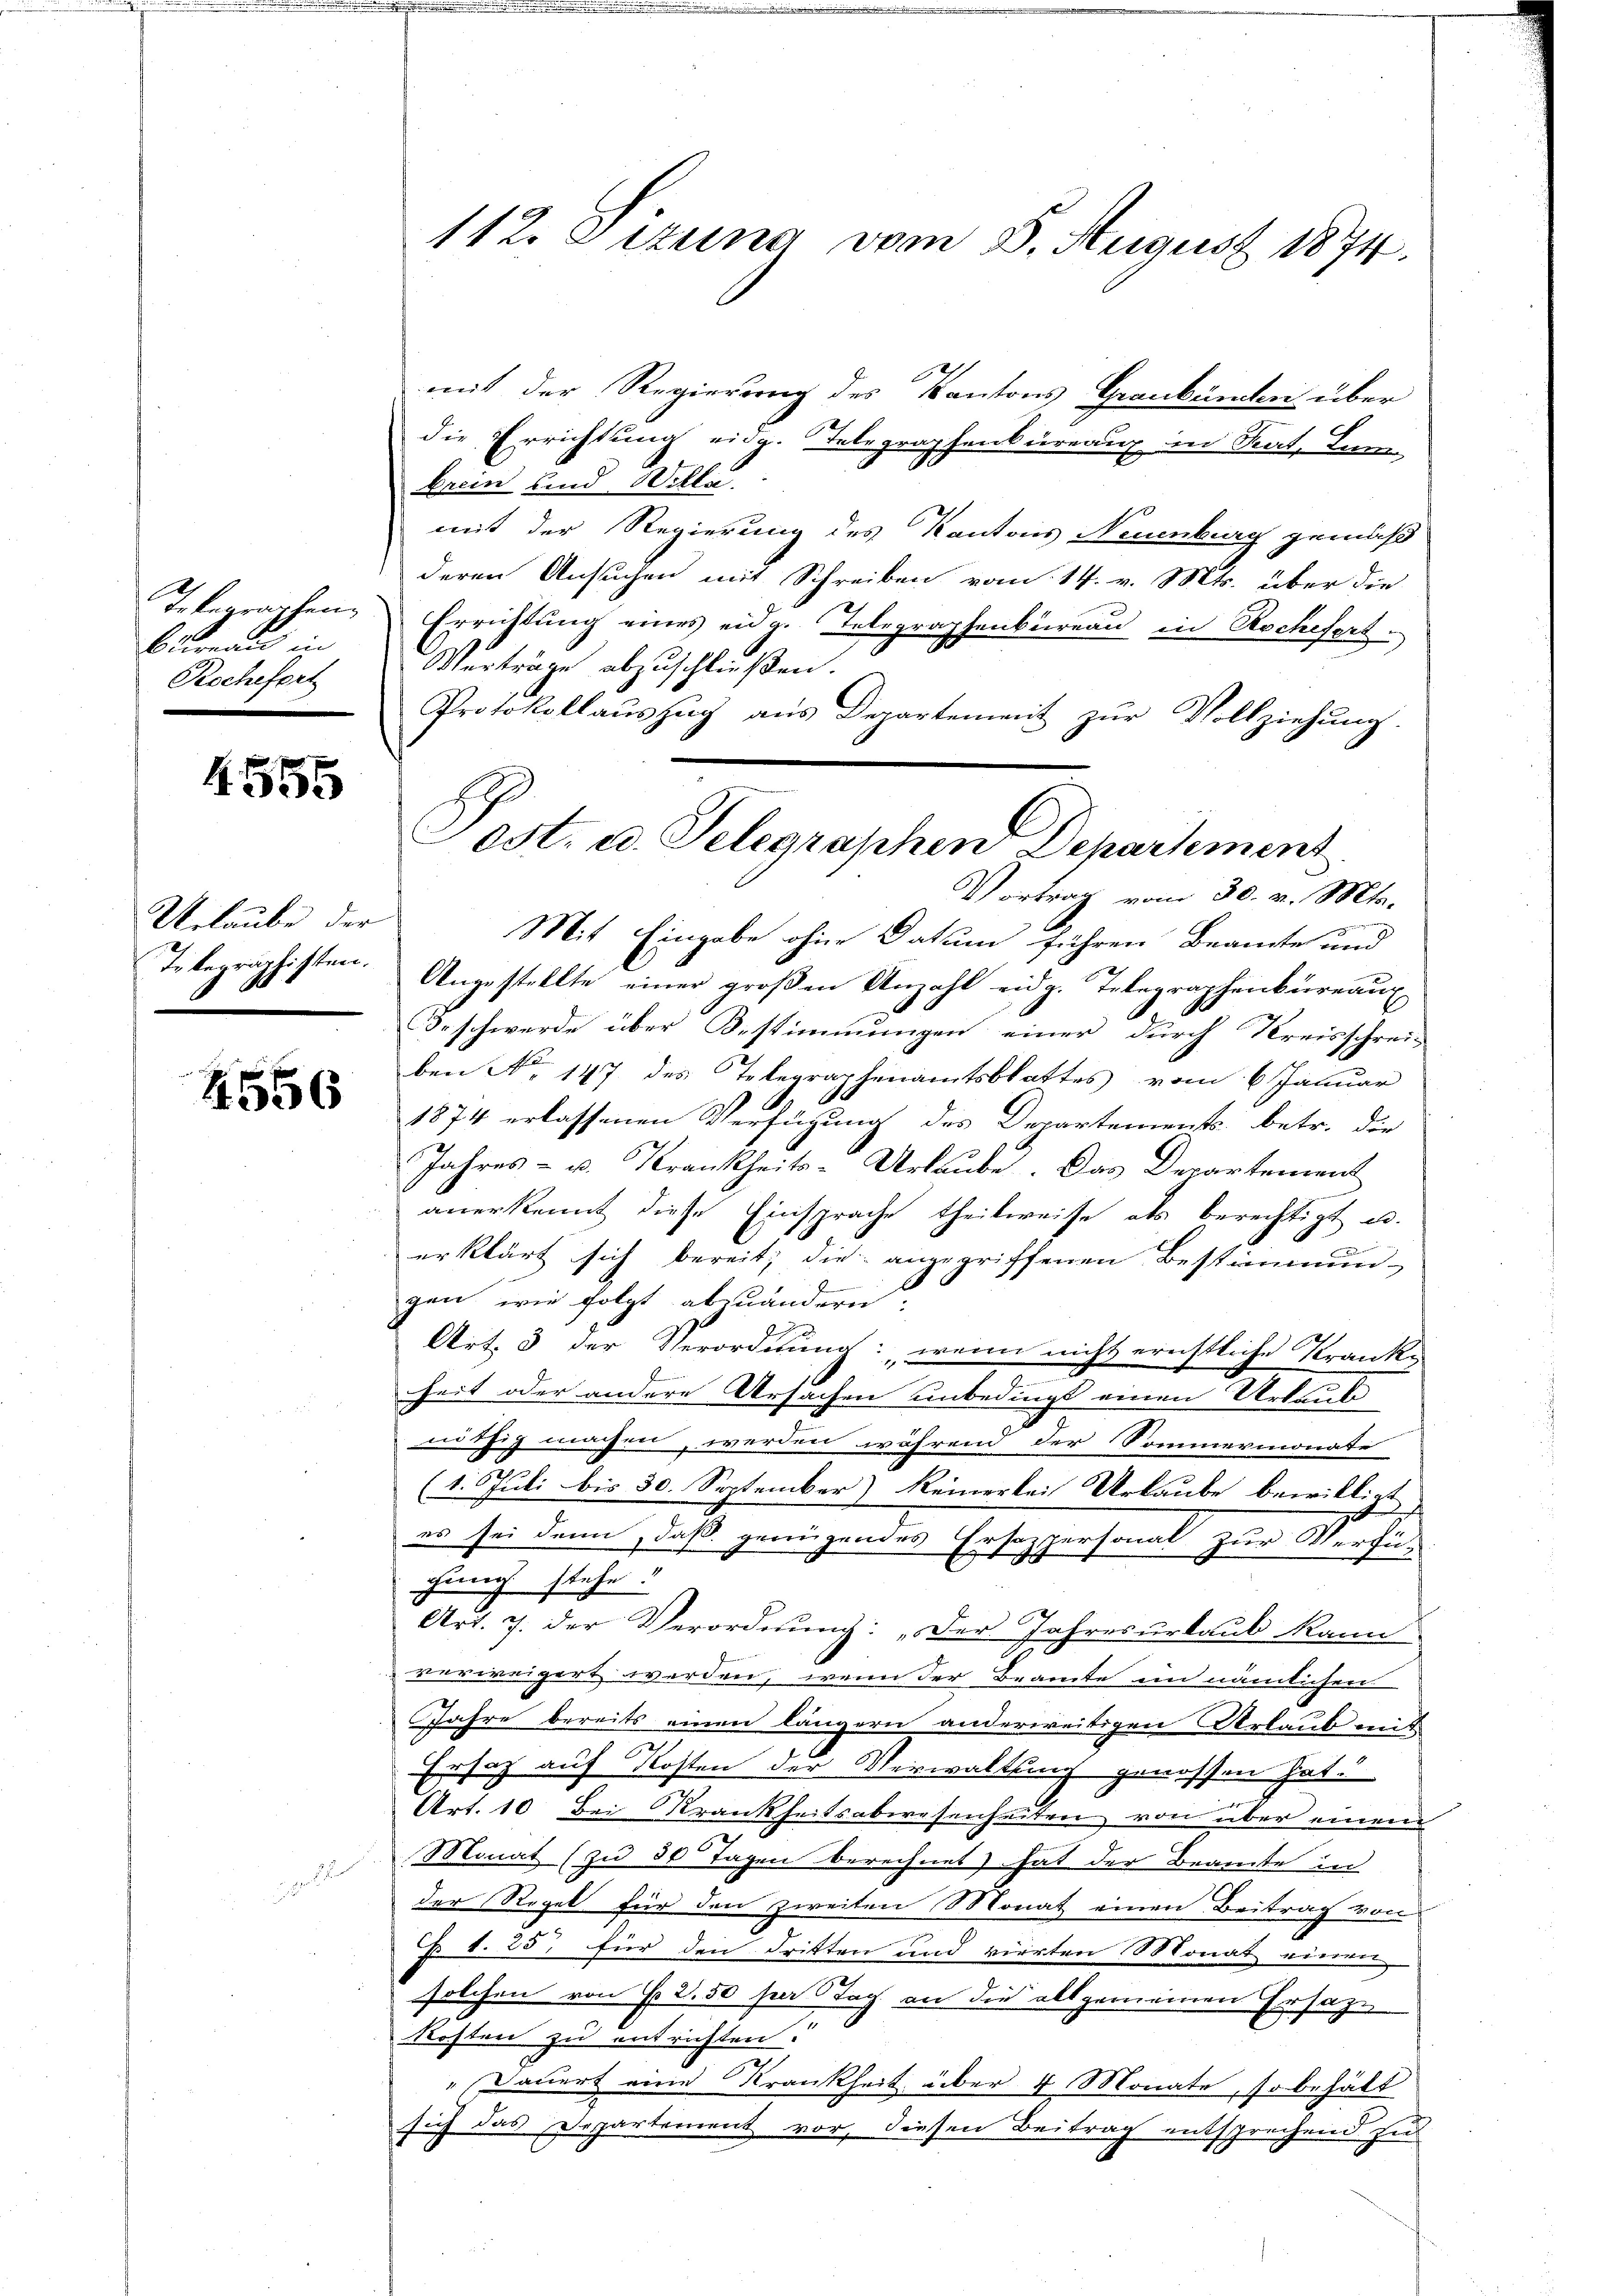
Telegraphen
bureau in
Rochefert

456

Urlaube der
T. begraphisten.

4556

112. Sizung vom 8. August 1874.

mit der Regierung des Kantons Grankämen über
die Errichtung eidg. Stelegraphenbureaux in Stat. Bun
brein und Wette
mit der Regierung des Kantons Neuenburg gemäß
deren Ansuchen mit Schreiben vom 14. v. Mts. über die
Errichtung eines eidg. Telegraphenbureau in Rochefert
Verträge abzuschließen.
Protokollaŭszŭg aŭs Departement zŭr Vollziehung.
Vortrag vom 30. v. Mts.
Mit Eingabe ohne Datum führen Beamte und
Angestellte einer großen Anzahl eidg. Telegraphenbureaux
Beschwerde über Bestimmungen einer durch Kreisschrei-
ben No 147 des Telegraphenamtsblattes vom 6 Januar
1874 erlassenen Verfügung des Departements betr. die
Jahres - u. Krankheits-Urlaube. Das Departement
anerkennt diese Einsprache theilweise als berechtigt u.
erklärt sich bereit, die angegriffenen Bestimmun-
gen, wie folgt abzuändern.
Art. 3 der Verordnung: „wenn nicht ernstliche Kranke
.
heit oder andere Ursachen unbedingt einen Urlaufi
nöthig machen, werden während der Sommermonate
(1. Juli bis 30. September) keinerlei Urlaube bewilligt
es sei dann, daß genügendes Ersezpersonal zur Verfüchung stehe.
Art. 7. der Verordnung: „Der Jahresurlaub kann
verweigert werden, wenn der Beamte im nämlichen
Jahre bereits einen längern anderweitigen Urlaub mit
Ersatz auf Kosten der Verwaltung genossen hat.
Art. 10. Bei Krankheitsabwesenheiten von über einen
Monat (zu 30 Tagen berechnet) hat der Beamte in
der Regel für den zweiten Monat einen Beitrag von
Ch. 1. 25. für den dritten und vierten Monat einen
solchen von No 2.50 per Tag an die allgemeinen Ersatze
Kosten zu entrichten.
" Dauert eine Krankheit über 4 Monate, so behält
sich das Departement vor, diesen Beitrag entsprechend zu

est. u. Telegraphen Departement